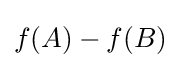
f(A)-f(B)